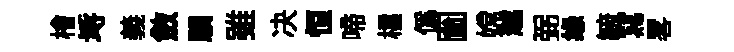
檜埓義斂驥雖决恒啼櫺偽圗嫦越弼缘毓冩畧